Scottish Leaving Certificate Examination, 1956
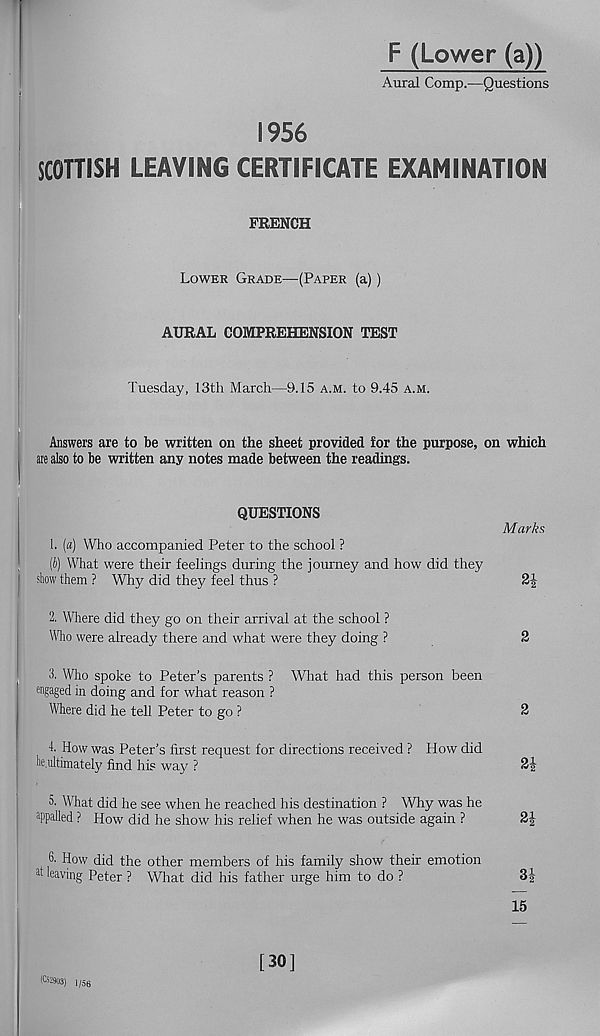
F (Lower (a))
Aural Comp.—Questions
1956
SCOTTISH LEAVING CERTIFICATE EXAMINATION
FRENCH
Lower Grade—(Paper (a))
AURAL COMPREHENSION TEST
Tuesday, 13th March—9.15 a.m. to 9.45 a.m.
Answers are to be written on the sheet provided for the purpose, on which
are also to be written any notes made between the readings.
QUESTIONS
1. (a) Who accompanied Peter to the school ?
(b) What were their feelings during the journey and how did they
show them ? Why did they feel thus ?
Marks
2i
2. Where did they go on their arrival at the school ?
Who were already there and what were they doing ?
2
3. Who spoke to Peter’s parents ? What had this person been
engaged in doing and for what reason ?
Where did he tell Peter to go ?
2
1. How was Peter’s first request for directions received ? How did
he.ultimately find his way ?
5. What did he see when he reached his destination ? Why was he
a ppalled ? How did he show his relief when he was outside again ?
6. How did the other members of his family show their emotion
^ leaving Peter ? What did his father urge him to do ?
3|
15
K2903) i /56
[30]